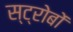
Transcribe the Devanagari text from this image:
स्ट्रोबों